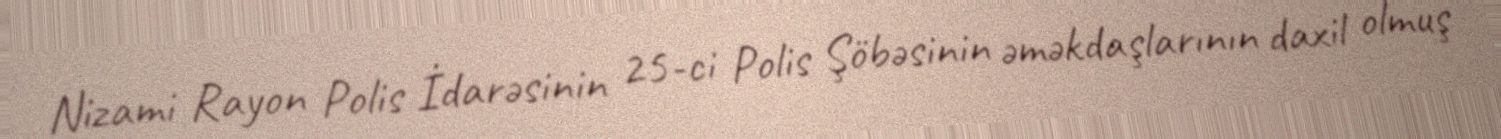
Nizami Rayon Polis İdarəsinin 25-ci Polis Şöbəsinin əməkdaşlarının daxil olmuş